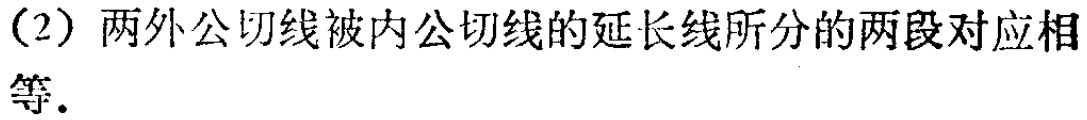
（2）两外公切线被内公切线的延长线所分的两段对应相等.